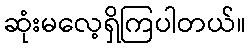
ဆုံးမလေ့ရှိကြပါတယ်။